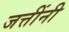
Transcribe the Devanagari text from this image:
जत्तींनी